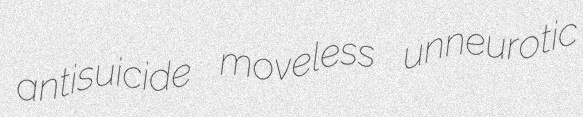
antisuicide moveless unneurotic